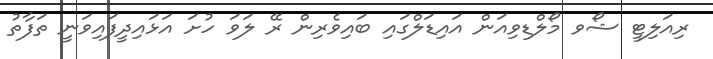
ރިއަލިޓީ ޝޯވ މޯލްޑިވިއަން އައިޑަލްގައި ބައިވެރިން ރޭ ލަވަ ހުށަ އަޅައިދީފައިވަނީ ތަފާތު